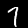
Label: 7